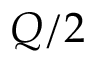
Q / 2